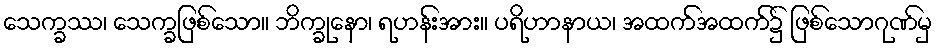
သေက္ခဿ၊ သေက္ခဖြစ်သော။ ဘိက္ခုနော၊ ရဟန်းအား။ ပရိဟာနာယ၊ အထက်အထက်၌ ဖြစ်သောဂုဏ်မှ